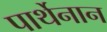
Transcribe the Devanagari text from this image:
पार्थेनान